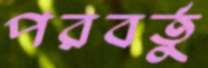
পরবর্তু